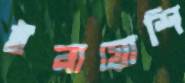
ইনায়োশি